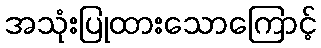
အသုံးပြုထားသောကြောင့်